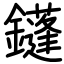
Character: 鑝